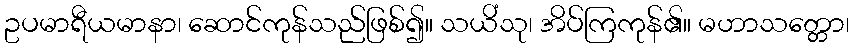
ဥပမာရီယမာနာ၊ ဆောင်ကုန်သည်ဖြစ်၍။ သယိံသု၊ အိပ်ကြကုန်၏။ မဟာသတ္တော၊